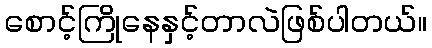
စောင့်ကြိုနေနှင့်တာလဲဖြစ်ပါတယ်။